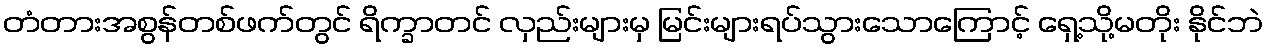
တံတားအစွန်တစ်ဖက်တွင် ရိက္ခာတင် လှည်းများမှ မြင်းများရပ်သွားသောကြောင့် ရှေ့သို့မတိုး နိုင်ဘဲ